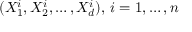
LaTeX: ( X _ { 1 } ^ { i } , X _ { 2 } ^ { i } , \dots , X _ { d } ^ { i } ) , \, i = 1 , \dots , n